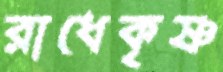
রাধেকৃষ্ণ